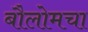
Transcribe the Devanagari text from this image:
बौलोमचा